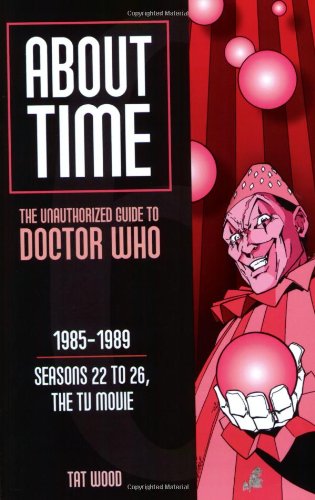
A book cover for About Time 6: The Unauthorized Guide to Doctor Who (Seasons 22 to 26, the TV Movie) (About Time; The Unauthorized Guide to Dr. Who (Mad Norwegian Press)); Tat Wood; Humor & Entertainment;